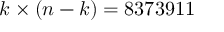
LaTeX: k \times ( n - k ) = 8 3 7 3 9 1 1